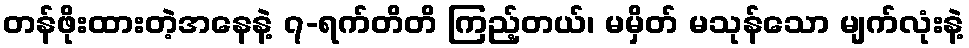
တန်ဖိုးထားတဲ့အနေနဲ့ ၇-ရက်တိတိ ကြည့်တယ်၊ မမှိတ် မသုန်သော မျက်လုံးနဲ့